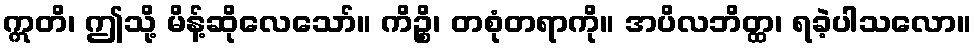
ဣတိ၊ ဤသို့ မိန့်ဆိုလေသော်။ ကိဉ္စိ၊ တစုံတရာကို။ အပိလဘိတ္ထ၊ ရခဲ့ပါသလော။